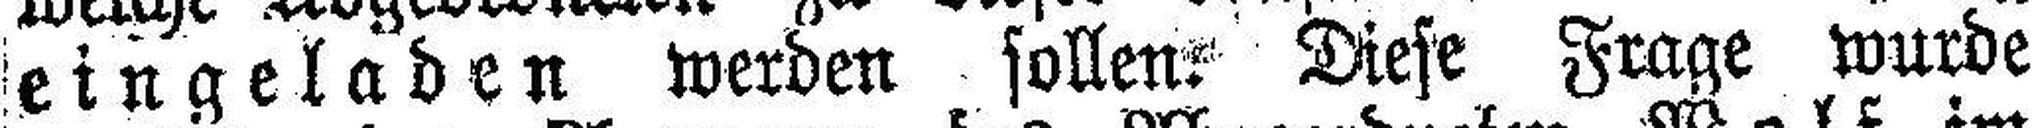
eingeladen werden sollen. Diese Frage wurde